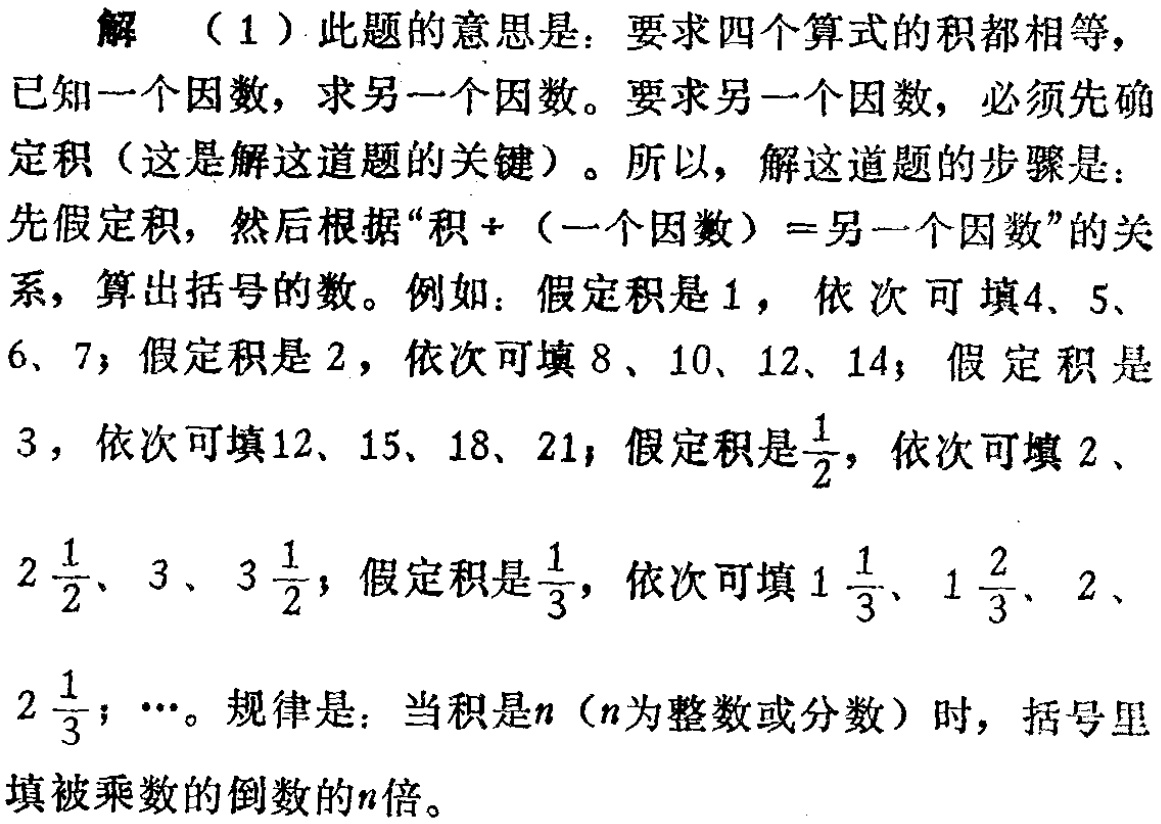
解 （1）此题的意思是：要求四个算式的积都相等，已知一个因数，求另一个因数。要求另一个因数，必须先确定积（这是解这道题的关键）。所以，解这道题的步骤是：先假定积，然后根据“积÷（一个因数）=另一个因数”的关系，算出括号的数。例如：假定积是1，依次可填4、5、6、7；假定积是2，依次可填8、10、12、14；假定积是3，依次可填12、15、18、21；假定积是$\frac{1}{2}$，依次可填2、$2\frac{1}{2}$、3、$3\frac{1}{2}$；假定积是$\frac{1}{3}$，依次可填$1\frac{1}{3}$、$1\frac{2}{3}$、2、$2\frac{1}{3}$；…。规律是：当积是$n$（$n$为整数或分数）时，括号里填被乘数的倒数的$n$倍。